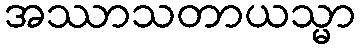
အဿာသတာယသ္မာ